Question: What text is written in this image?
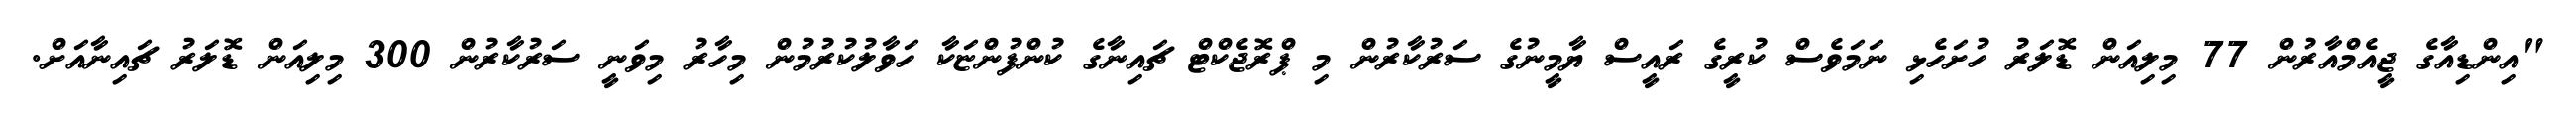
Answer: "އިންޑިއާގެ ޖީއެމްއާރުން 77 މިލިއަން ޑޮލަރު ހުށަހެޅި ނަމަވެސް ކުރީގެ ރައީސް ޔާމީނުގެ ސަރުކާރުން މި ޕްރޮޖެކްޓް ޗައިނާގެ ކުންފުންޏަކާ ހަވާލުކުރުމުން މިހާރު މިވަނީ ސަރުކާރުން 300 މިލިއަން ޑޮލަރު ޗައިނާއަށް.